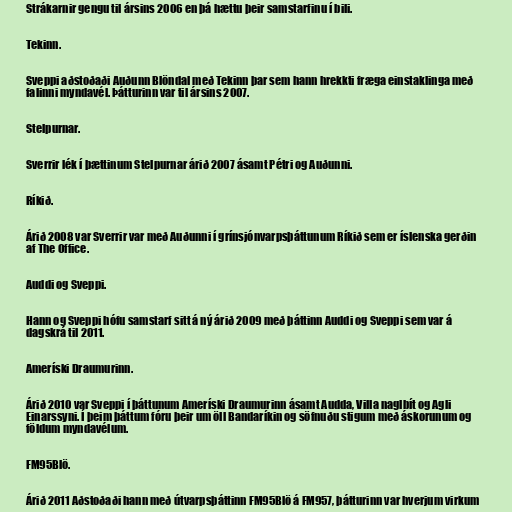
Strákarnir gengu til ársins 2006 en þá hættu þeir samstarfinu í bili.

Tekinn.

Sveppi aðstoðaði Auðunn Blöndal með Tekinn þar sem hann hrekkti fræga einstaklinga með
falinni myndavél. Þátturinn var til ársins 2007.

Stelpurnar.

Sverrir lék í þættinum Stelpurnar árið 2007 ásamt Pétri og Auðunni.

Ríkið.

Árið 2008 var Sverrir var með Auðunni í grínsjónvarpsþáttunum Ríkið sem er íslenska gerðin
af The Office.

Auddi og Sveppi.

Hann og Sveppi hófu samstarf sitt á ný árið 2009 með þáttinn Auddi og Sveppi sem var á
dagskrá til 2011.

Ameríski Draumurinn.

Árið 2010 var Sveppi í þáttunum Ameríski Draumurinn ásamt Audda, Villa naglbít og Agli
Einarssyni. Í þeim þáttum fóru þeir um öll Bandaríkin og söfnuðu stigum með áskorunum og
földum myndavélum.

FM95Blö.

Árið 2011 Aðstoðaði hann með útvarpsþáttinn FM95Blö á FM957, þátturinn var hverjum virkum